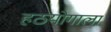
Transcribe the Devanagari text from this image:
हठयोगाला